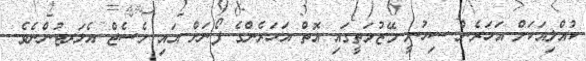
ކުއްލިއަކަށް އަހަރެން ސިހުނީ މޭޒުމަތީގައި އޮތް އަހަރެންގެ ފޯނަށް އައި މެސެޖް އެލަރޓުންނެވެ.